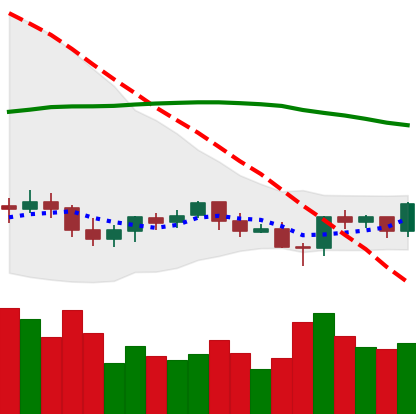
Ticker: BTC-USD
Chart end date: 2021-06-13
Forward return: -8.467%
Label: down_7plus